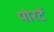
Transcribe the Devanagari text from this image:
पोरटें